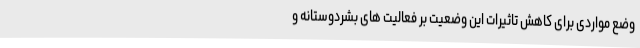
وضع مواردی برای کاهش تاثیرات این وضعیت بر فعالیت های بشردوستانه و